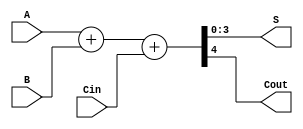
module TEMPLATE_fastcarry_4 (A, B, Cin, S, Cout);
    input  [ 3: 0] A;
    input  [ 3: 0] B;
    input          Cin;
    output [ 3: 0] S;
    output         Cout;

    assign {Cout, S} = A + B + Cin;

endmodule